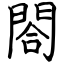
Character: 閤